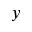
y